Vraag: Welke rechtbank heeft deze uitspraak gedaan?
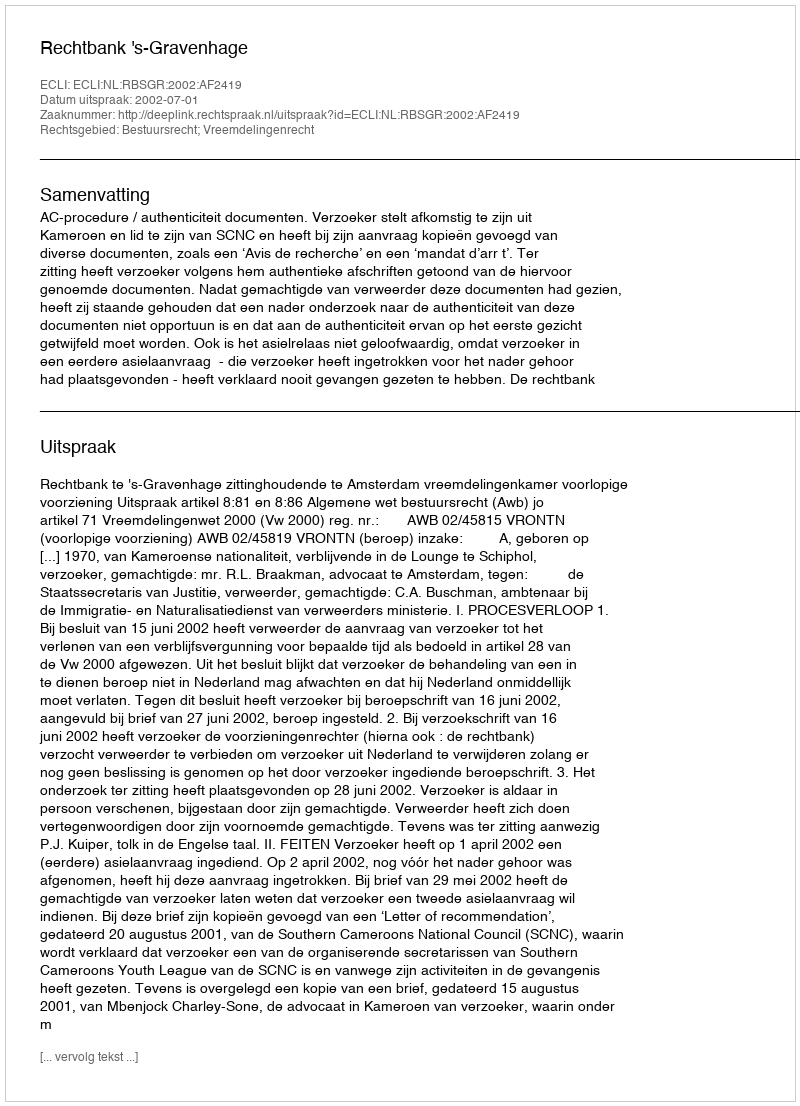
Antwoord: Rechtbank 's-Gravenhage